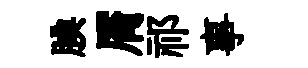
腆屑祁事